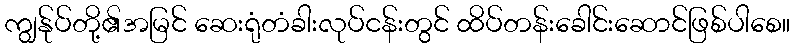
ကျွန်ုပ်တို့၏အမြင် ဆေးရုံတံခါးလုပ်ငန်းတွင် ထိပ်တန်းခေါင်းဆောင်ဖြစ်ပါစေ။